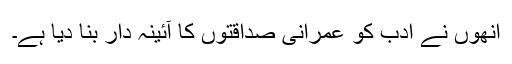
انھوں نے ادب کو عمرانی صداقتوں کا آئینہ دار بنا دیا ہے۔